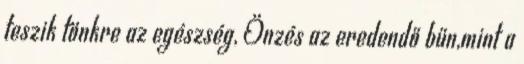
teszik tönkre az egészség, Önzés az eredendő bűn,mint a